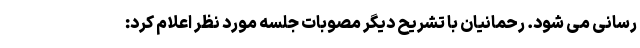
رسانی می شود. رحمانیان با تشریح دیگر مصوبات جلسه مورد نظر اعلام کرد: